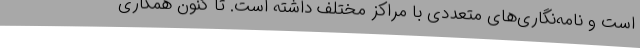
است و نامه‌نگاری‌های متعددی با مراکز مختلف داشته است. تا کنون همکاری